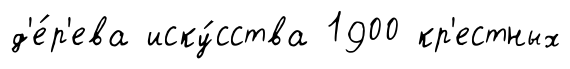
д'е́р'ева иску́сства 1900 кр'естных